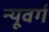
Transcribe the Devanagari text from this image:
न्यूवर्ग